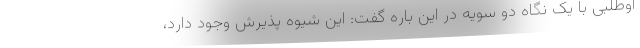
اوطلبی با یک نگاه دو سویه در این باره گفت: این شیوه پذیرش وجود دارد،